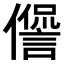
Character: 𠏘